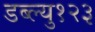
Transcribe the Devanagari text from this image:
डब्ल्यु१२३